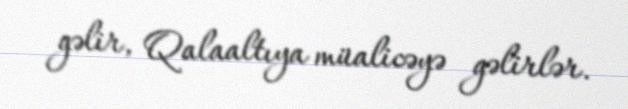
gəlir, Qalaaltıya müalicəyə gəlirlər.